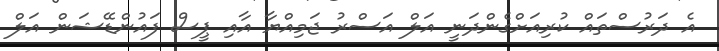
އެ ދަރުސްތައް ކުރިއަށްގެންދަނީ އަލް އަސްރު ޖަމިއްޔާ އާއި ޕީސް ފައުންޑޭޝަން އަލް